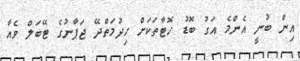
އިން ބުނީ އެންމެ އަގު ބޮޑު ހޮޓާތަކަށް ހިދުމަތްދޭ ޖަޕާނުގެ ޓޭބަލް ވެއާ